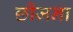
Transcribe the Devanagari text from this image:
छीजना